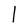
Character: l